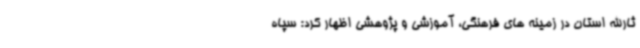
ثارالله استان در زمینه های فرهنگی، آموزشی و پژوهشی اظهار کرد: سپاه